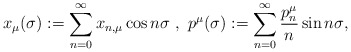
\begin{align*}x_{\mu}(\sigma):=\sum_{n=0}^{\infty}x_{n,\mu}\cos{n\sigma}~,~p^{\mu}(\sigma):=\sum_{n=0}^{\infty}\frac{p_n^{\mu}}{n}\sin{n\sigma},\end{align*}